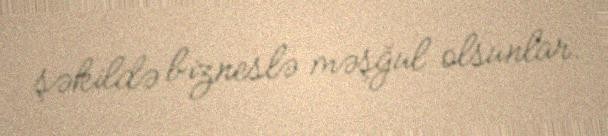
şəkildə bizneslə məşğul olsunlar.